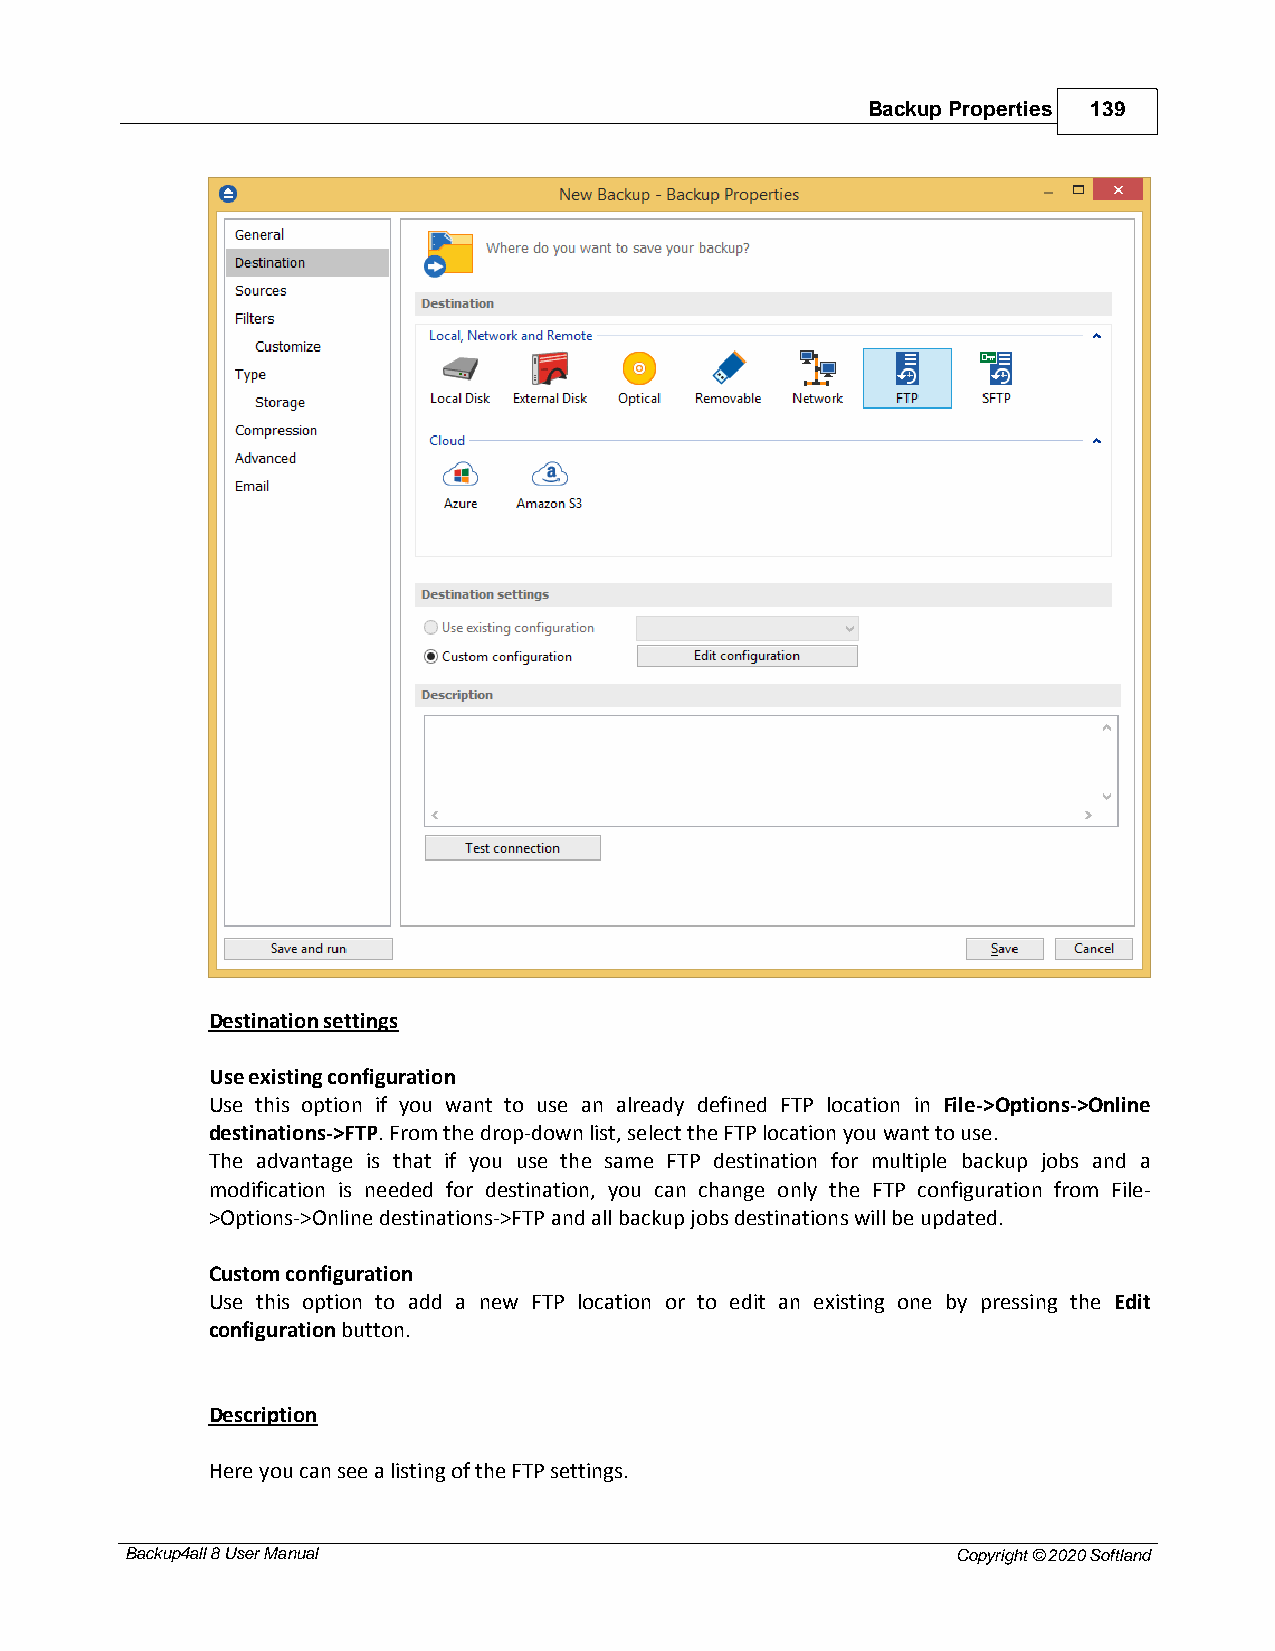
Backup Properties 139
 Destination settings
 Use existing configuration
 Use this option if you want to use an already defined FTP location in File->Options->Online
 destinations->FTP. From the drop-down list, select the FTP location you want to use.
 The advantage is that if you use the same FTP destination for multiple backup jobs and a
 modification is needed for destination, you can change only the FTP configuration from File-
 >Options->Online destinations->FTP and all backup jobs destinations will be updated.
 Custom configuration
 Use this option to add a new FTP location or to edit an existing one by pressing the Edit
 configuration button.
 Description
 Here you can see a listing of the FTP settings.
 Backup4all 8 User Manual                               Copyright © 2020 Softland